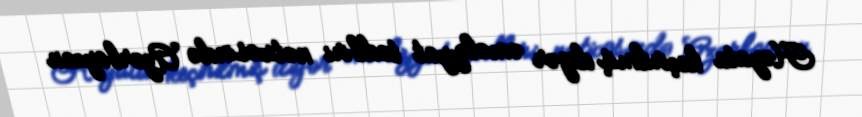
Həyata keçirilmiş digər əməliyyat tədbiri nəticəsində Azərbaycan